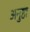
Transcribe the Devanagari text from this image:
अनुष्ठा